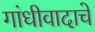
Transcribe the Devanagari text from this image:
गांधीवादाचे